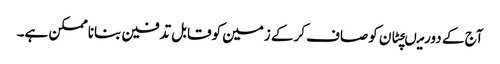
آج کے دورمیںچٹان کوصاف کرکے زمین کوقابل تدفین بناناممکن ہے۔